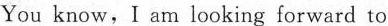
You know,I am looking forward to